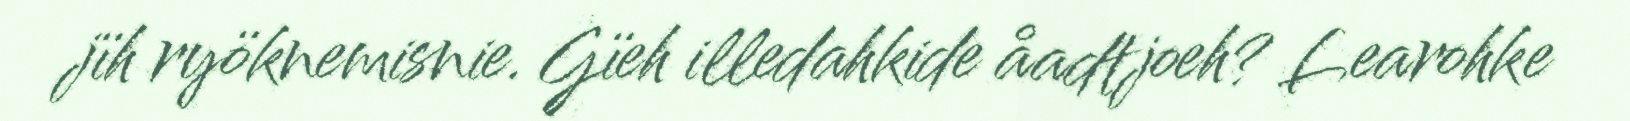
jïh ryöknemisnie. Gïeh illedahkide åadtjoeh? Learohke